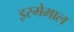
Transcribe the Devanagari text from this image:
इस्मेमाल